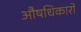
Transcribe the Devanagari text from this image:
औषधिकारों